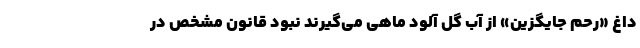
داغِ «رحم جایگزین» از آب گل آلود ماهی می‌گیرند نبود قانون مشخص در